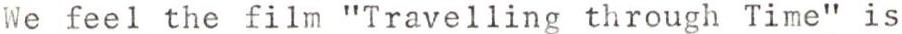
We feel the film "Travelling through Time" is